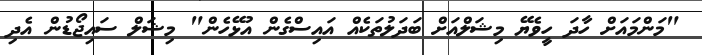
"މަންމައަށް ހާދަ ހީވެޔޭ މިޝަލްއަށް ބަދަލުތަކެއް އައިސްގެން އުޅޭހެން" މިޝަލް ސައިޖޯޑުން އެދި